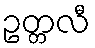
ဥတ္တလီ